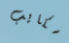
سكايب